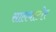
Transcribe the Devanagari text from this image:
सालवाटोर